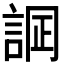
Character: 𧨋